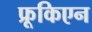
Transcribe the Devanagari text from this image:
फ्रूकिएन